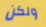
ولكن